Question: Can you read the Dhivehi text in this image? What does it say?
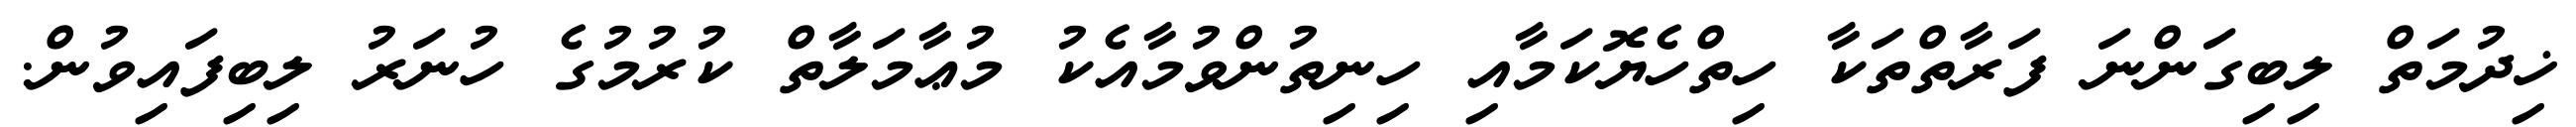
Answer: ޚިދުމަތް ލިބިގަންނަ ފަރާތްތަކާ ހިތްހެޔޮކަމާއި ހިނިތުންވުމާއެކު މުޢާމަލާތް ކުރުމުގެ ހުނަރު ލިބިފައިވުން.